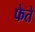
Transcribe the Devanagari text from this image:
फेते